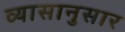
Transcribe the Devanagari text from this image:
व्यासानुसार